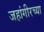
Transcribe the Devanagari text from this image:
जहांगीरच्या